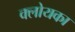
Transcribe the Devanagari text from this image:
क्लोयका